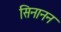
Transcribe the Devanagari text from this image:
सिनानन